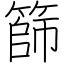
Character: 篩